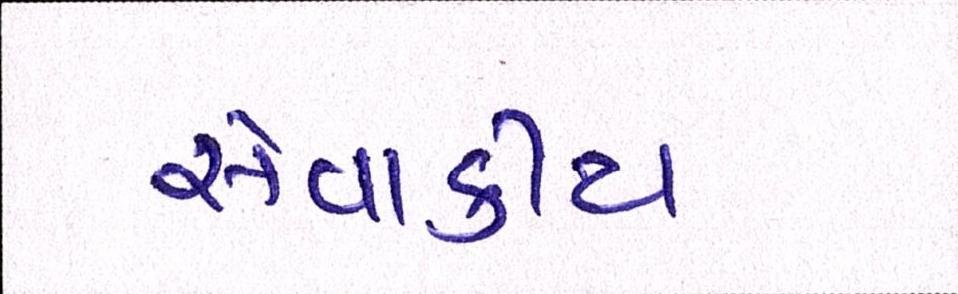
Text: સેવાકીય